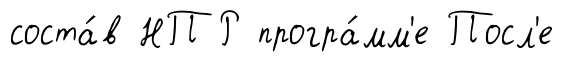
соста́в НПР програ́мм'е Посл'е